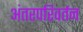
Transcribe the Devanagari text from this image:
अंतरपरिवर्तन